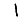
Digit: 1